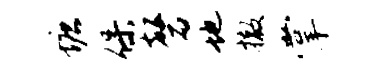
塘保磬地撤掌